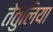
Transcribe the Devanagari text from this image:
तेतुलिया